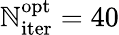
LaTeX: \mathbb{N}_{\mathrm{{iter}}}^{\mathrm{{opt}}}=40